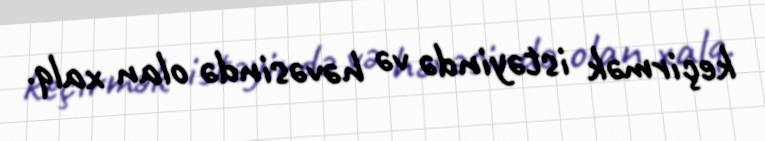
keçirmək istəyində və həvəsində olan xalq.